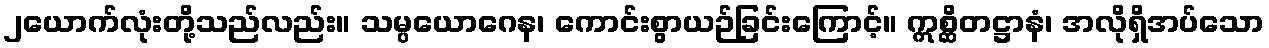
၂ယောက်လုံးတို့သည်လည်း။ သမ္ပယောဂေန၊ ကောင်းစွာယဉ်ခြင်းကြောင့်။ ဣစ္ဆိတဋ္ဌာနံ၊ အလိုရှိအပ်သော